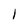
Character: 1